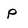
Character: p